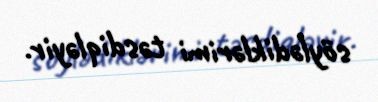
söylədiklərimi təsdiqləyir.